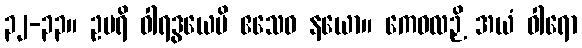
၃၂-၃၃။ ဥပရိ ဝါရဒွယေပိ ဧသေဝ နယော။ ကေဝလဉှိ အယံ ဝါရော